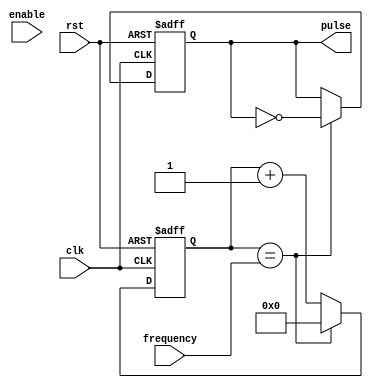
module variable_frequency_pulse_generator (
    input wire clk,
    input wire rst,
    input wire enable,
    input wire [15:0] frequency,
    output reg pulse
);

reg [15:0] counter;

always @(posedge clk or posedge rst) begin
    if (rst) begin
        counter <= 16'h0000;
        pulse <= 1'b0;
    end else begin
        if (counter == frequency) begin
            counter <= 16'h0000;
            pulse <= ~pulse;
        end else begin
            counter <= counter + 1;
        end
    end
end

endmodule